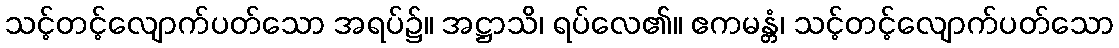
သင့်တင့်လျောက်ပတ်သော အရပ်၌။ အဋ္ဌာသိ၊ ရပ်လေ၏။ ဧကမန္တံ၊ သင့်တင့်လျောက်ပတ်သော